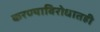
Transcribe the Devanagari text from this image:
करण्याविरोधातही